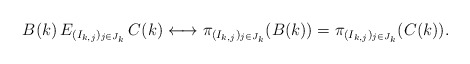
\begin{align*}B(k)\, E_{(I_{k,j})_{j\in J_k}}\, C(k)\longleftrightarrow\pi_{(I_{k,j})_{j\in J_k}}(B(k)) = \pi_{(I_{k,j})_{j\in J_k}}(C(k)).\end{align*}